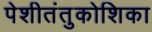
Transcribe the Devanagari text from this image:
पेशीतंतुकोशिका